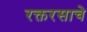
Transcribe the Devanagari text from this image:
रक्तरसाचे